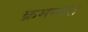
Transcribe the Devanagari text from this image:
क्रमनारा